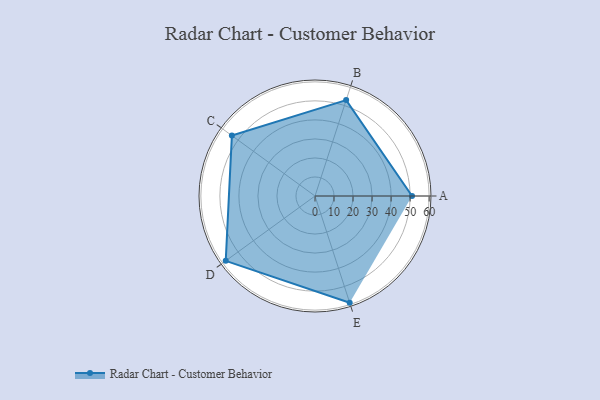
{"axis": {"x": "Skill", "y": "Score"}, "legend": ["Profile"], "data": [{"x": "A", "y": 51.0, "type": "Profile"}, {"x": "B", "y": 53.0, "type": "Profile"}, {"x": "C", "y": 54.0, "type": "Profile"}, {"x": "D", "y": 58.0, "type": "Profile"}, {"x": "E", "y": 59.0, "type": "Profile"}]}